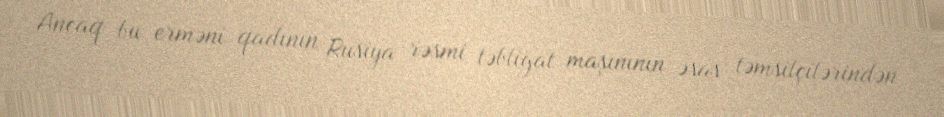
Ancaq bu erməni qadının Rusiya rəsmi təbliğat maşınının əsas təmsilçilərindən